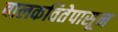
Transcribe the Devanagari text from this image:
बालकवितेपासून